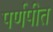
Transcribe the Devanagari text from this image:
पर्णपीत